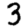
Digit: 3